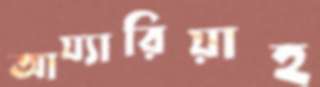
আয্যারিয়াহ